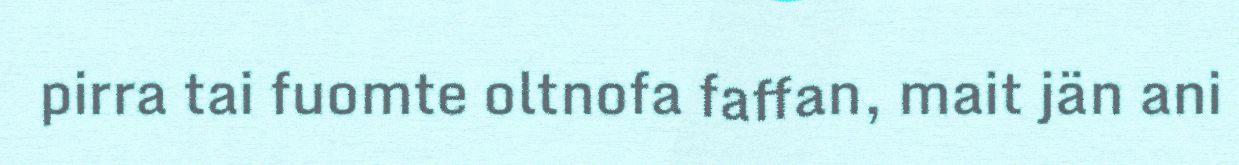
pirra tai fuomte oltnofa faffan, mait jän ani